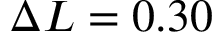
\Delta L = 0 . 3 0